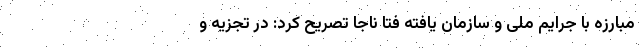
مبارزه با جرایم ملی و سازمان یافته فتا ناجا تصریح کرد: در تجزیه و